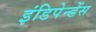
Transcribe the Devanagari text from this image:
इंडिपेन्डेंस